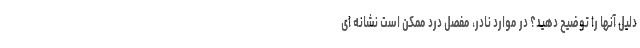
دلیل آنها را توضیح دهید؟ در موارد نادر، مفصل درد ممکن است نشانه ای